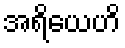
အရိယေဟိ